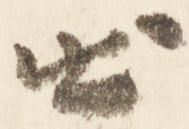
出